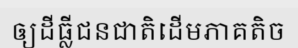
ឲ្យដីធ្លីជនជាតិដើមភាគតិច